Annual report on the mental hospital in the Central Provinces and Berar (Nagpur) - 1927-1951
Year: 1927
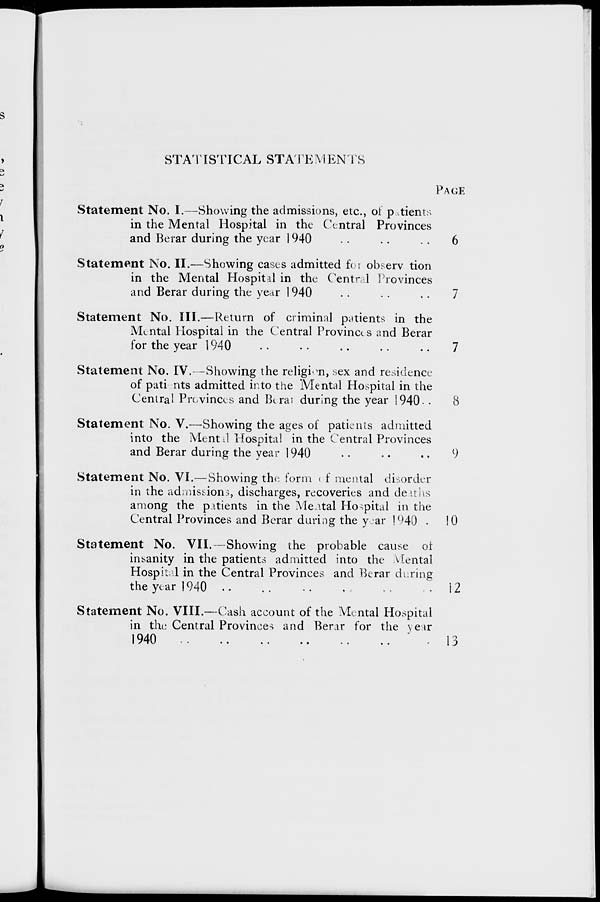
STATISTICAL STATEMENTS
PAGE
Statement No. I.—Showing the admissions, etc., ol patients
in the Mental Hospital in the Central Provinces
and Berar during the year 1940
..
..
. .
6
Statement No. II.—Showing cases admitted for observ tion
in the Mental Hospital in the Central Provinces
and Berar during the year 1940
..
..
..
7
Statement No. III.—Return of criminal patients in the
Mental Hospital in the Central Provinces and Berar
for the year 1940
. •
• •
..
. .
..
7
Statement No. IV.—Showing the religion, sex and residence
of patients admitted into the Mental Hospital in the
Central Provinces and Berai during the year 1940- .
8
Statement No. V.—Showing the ages of patients admitted
into the Mentil Hospital in the Central Provinces
and Berar during the year 1940
..
*.
..
9
Statement No. VI.—Showing the form < f mental disorder
in the admissions, discharges, recoveries and deaths
among the patients in the Mental Hospital in the
Central Provinces and Berar during the year 1940 • 10
Statement No. VII. -Showing the probable cause or
insanity in the patients admitted into the Mental
Hospital in the Central Provinces and Berar during
the year 1940 ..
. .
•.
. -
- •
i 2
Statement No. VIII.—Cash account of the Mental Hospital
in the Central Provinces and Berar for the year
1940
- 13